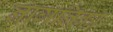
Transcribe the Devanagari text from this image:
नागनिका